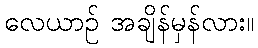
လေယာဉ် အချိန်မှန်လား။